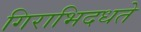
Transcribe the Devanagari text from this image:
गिराभिदधते